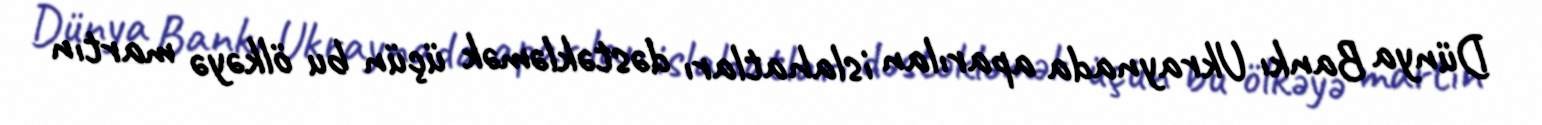
Dünya Bankı Ukraynada aparılan islahatları dəstəkləmək üçün bu ölkəyə martın